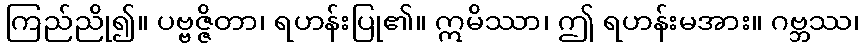
ကြည်ညို၍။ ပဗ္ဗဇ္ဇိတာ၊ ရဟန်းပြု၏။ ဣမိဿာ၊ ဤ ရဟန်းမအား။ ဂဗ္ဘဿ၊